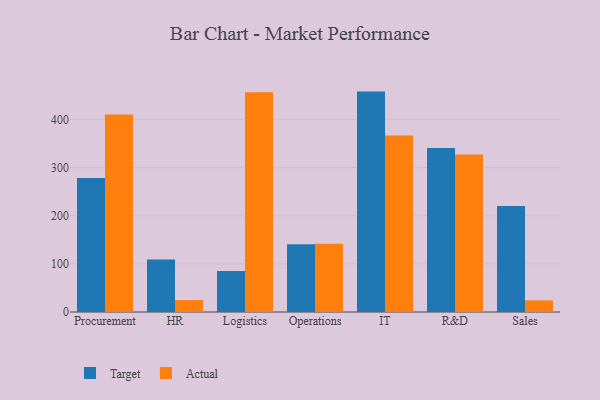
{"axis": {"x": "Department", "y": "LTV (USD)"}, "legend": ["Actual", "Target"], "data": [{"x": "Procurement", "y": 278.6, "type": "Target"}, {"x": "Procurement", "y": 410.5, "type": "Actual"}, {"x": "HR", "y": 109.0, "type": "Target"}, {"x": "HR", "y": 24.8, "type": "Actual"}, {"x": "Logistics", "y": 85.4, "type": "Target"}, {"x": "Logistics", "y": 456.5, "type": "Actual"}, {"x": "Operations", "y": 140.8, "type": "Target"}, {"x": "Operations", "y": 142.1, "type": "Actual"}, {"x": "IT", "y": 458.1, "type": "Target"}, {"x": "IT", "y": 366.6, "type": "Actual"}, {"x": "R&D", "y": 340.8, "type": "Target"}, {"x": "R&D", "y": 327.5, "type": "Actual"}, {"x": "Sales", "y": 220.2, "type": "Target"}, {"x": "Sales", "y": 24.2, "type": "Actual"}]}